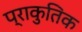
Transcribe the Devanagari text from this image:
प्राकुतिक